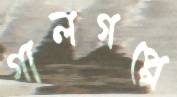
গালগপ্পে